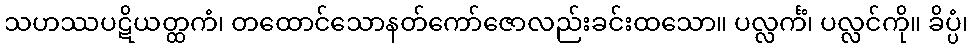
သဟဿပဋိယတ္ထကံ၊ တထောင်သောနတ်ကော်ဇောလည်းခင်းထသော။ ပလ္လင်္ကံ၊ ပလ္လင်ကို။ ခိပ္ပံ၊